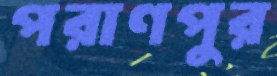
পরাণপুর